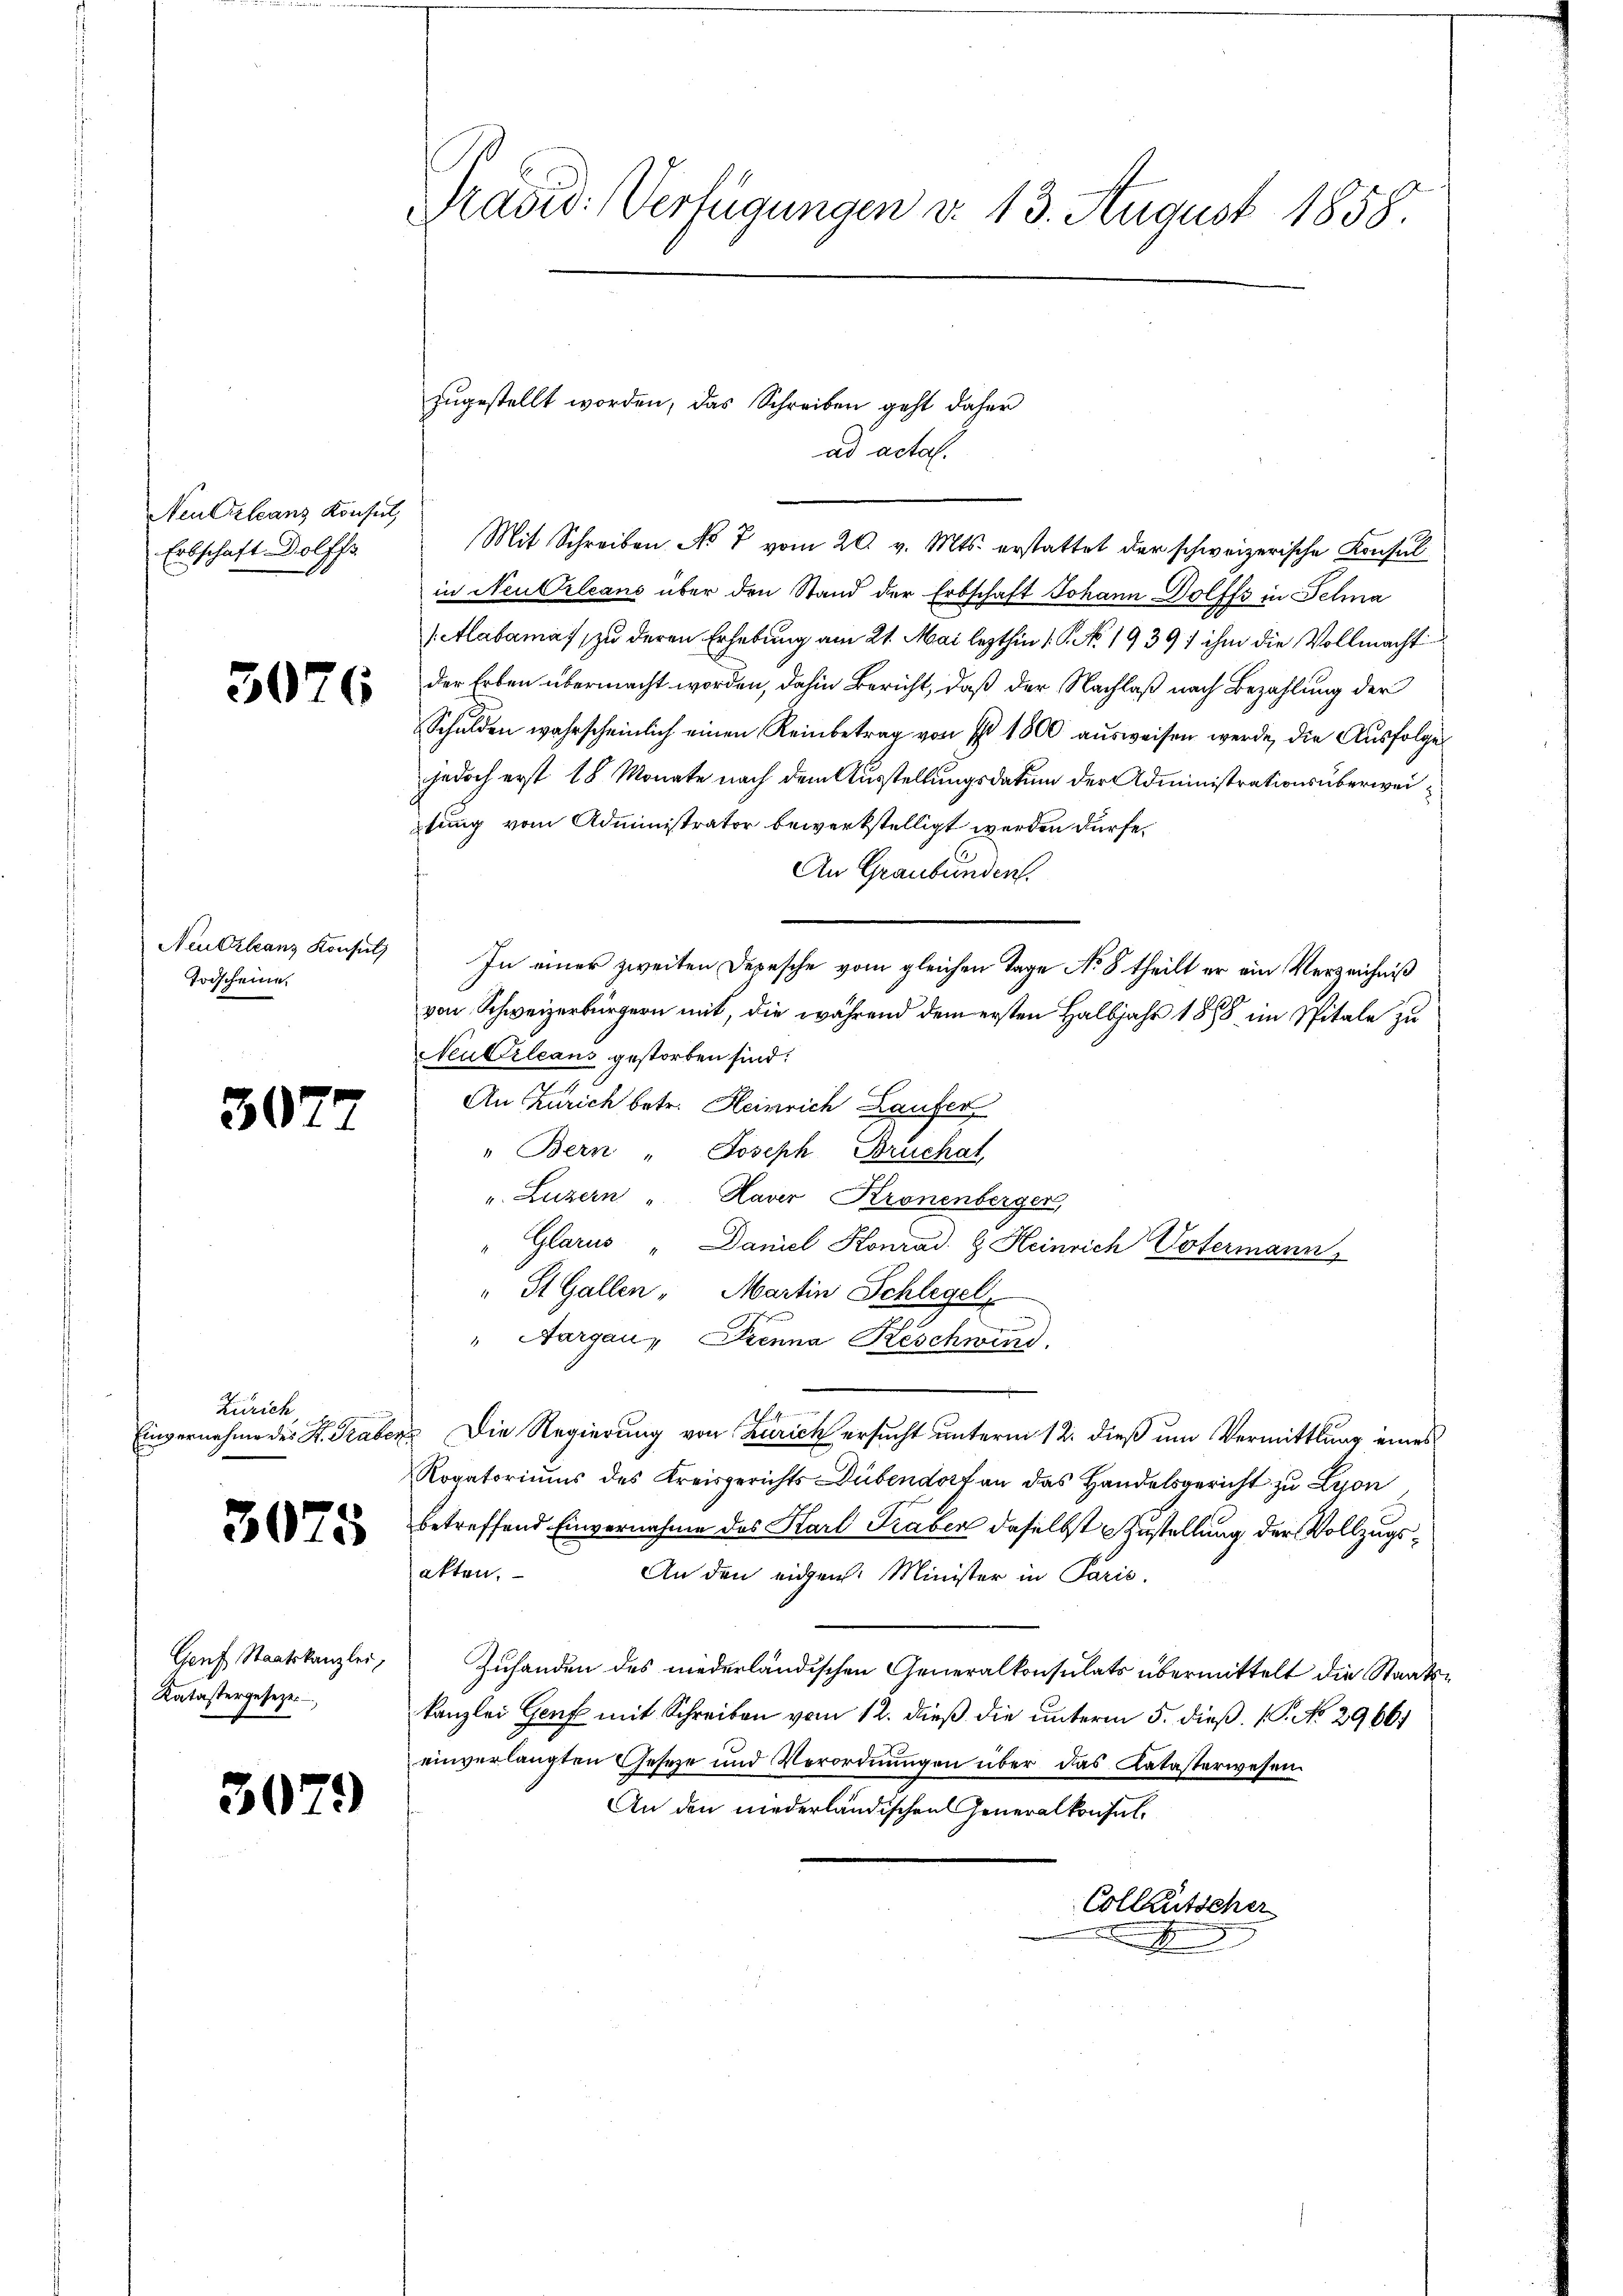
Neu Orleans Konsul,
Erbschaft Dolff

3076

Neutzlanz Konsul
Todscheine.

307.

Zürich
Einvernahme des St. Graben

3075

Genf Staatskanzlei,
Katastergesetze

3

2)

Präsid. Verfügungen d. 13. August 1858

zugestellt worden, das Schreiben geht daher
ad actal.

Mit Schreiben No 7 vom 20. v. Mts. erstattet der schweizerische Konsul
in Neuerleans über den Stand der Erbschaft Johann Dolffs in elma
/Alabamas, zu deren Erhebung am 21. Mai lezthin 1 S. No. 1939 f ihm die Vollmacht
der Erben übermacht worden, dahin Bericht, daß der Nachlaß nach Bezahlung der
Schulden wahrscheinlich einen Reinbetrag von I 1800 ausweisen werde, die Ausfolges
jedoch erst 18 Monate nach dem Ausstellungsdatum der Administrationsüberweitung vom Administrator bewerkstelligt werden dürfe.
An Graubünden.
In einer zweiten Depesche vom gleichen Tage No 8 theilt er ein Verzeichniß
von Schweizerbürgern mit, die während dem ersten Halbjahr 1888 im Spitale zu
Neuberleans gestorben sind.
An Zürich betr. Heinrich Laufer
" Bern " Joseph Bruchat,
u. Luzern „Haver Kronenberger,
" Glarus "Daniel Konrad H. Heinrich Vatermann
" St. Gallen - Martin Schlegel,
" Aargau, Senna Keschwind.
Die Regierung von Zürich ersucht unterm 12. dieß um Vermittlung eines
Rogatoriums des Kreisgerichts Dübendort an das Handelsgericht zu Lyon
betreffend Einvernahme des Karl Traben daselbst Zustellung der Vollzugsakten.
An den eigen. Minister in Paris.
Zuhanden des niederländischen Generalkonsulats übermittelt die Staatskanzlei Genf mit Schreiben vom 12. dieß die unterm 5. dieß. P. No 29661
einverlangten Geseze und Verordnungen über das Katasterwesen.
An den niederländischen Generalkonsul¬
Collentscher